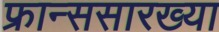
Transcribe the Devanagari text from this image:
फ्रान्ससारख्या